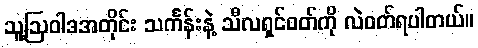
သူ့ဩဝါဒအတိုင်း သင်္ကန်းနဲ့ သီလရှင်ဝတ်ကို လဲဝတ်ရပါတယ်။